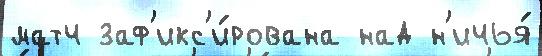
матч заф'икс'и́рована над н'ичья́